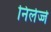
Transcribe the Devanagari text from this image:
निर्लज्जे